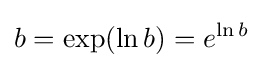
b=\exp(\ln b)=e^{\ln b}